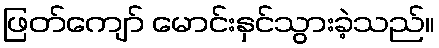
ဖြတ်ကျော် မောင်းနှင်သွားခဲ့သည်။